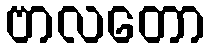
ဗာလတော